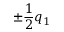
\pm \frac { 1 } { 2 } q _ { 1 }